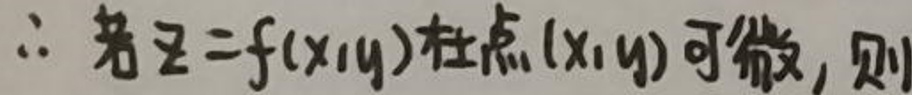
\(\therefore\) 若\(z = f(x,y)\)在点\((x,y)\)可微，则